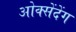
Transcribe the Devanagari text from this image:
ओक्सेंदेंग